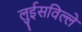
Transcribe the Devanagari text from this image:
लुईसविल्ले